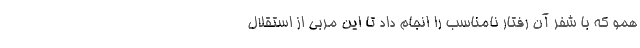
همو که با شفر آن رفتار نامناسب را انجام داد تا این مربی از استقلال